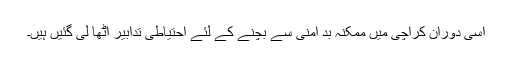
اسی دوران کراچی میں ممکنہ بد امنی سے بچنے کے لئے احتیاطی تدابیر اٹھا لی گئیں ہیں۔